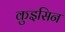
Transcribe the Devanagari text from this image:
कुइसिन